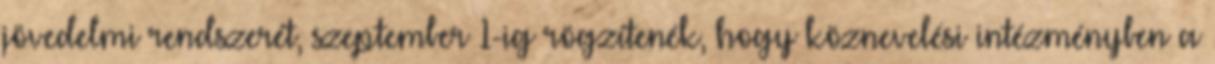
jövedelmi rendszerét, szeptember 1-ig rögzítenék, hogy köznevelési intézményben a